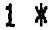
1 *